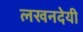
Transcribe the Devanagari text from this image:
लखनदेयी